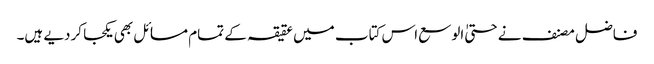
فاضل مصنف نے حتیٰ الوسع اس کتاب میں عقیقہ کے تمام مسائل بھی یکجا کردیے ہیں۔